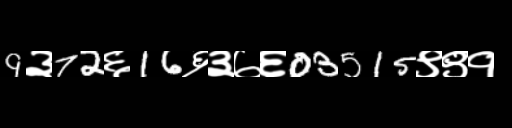
Text: 9३72६16६३७६03515९९१